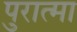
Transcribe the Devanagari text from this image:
पुरात्मा